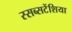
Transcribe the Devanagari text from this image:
स्सब्सटेंशिया